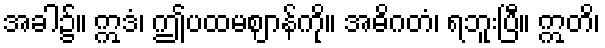
အခါ၌။ ဣဒံ၊ ဤပထမဈာန်ကို။ အဓိဂတံ၊ ရဘူးပြီ။ ဣတိ၊